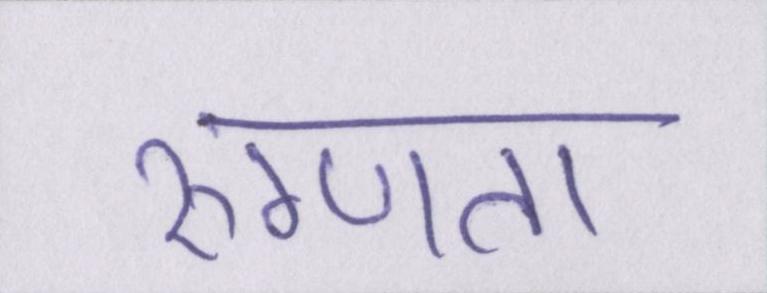
रुग्णता